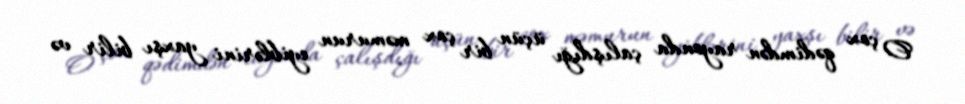
O çox qədimdən rayonda çalışdığı üçün bir çox məmurun eyiblərini yaxşı bilir və